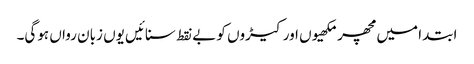
ابتدا میں مچھر مکھیوں اور کیڑوں کو بے نقط سنائیں یوں زبان رواں ہوگی۔